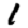
Digit: 1